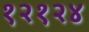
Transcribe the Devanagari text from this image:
१२१२४